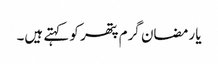
یا رمضان گرم پتھر کو کہتے ہیں۔